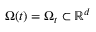
\Omega ( t ) = \Omega _ { t } \subset \mathbb { R } ^ { d }